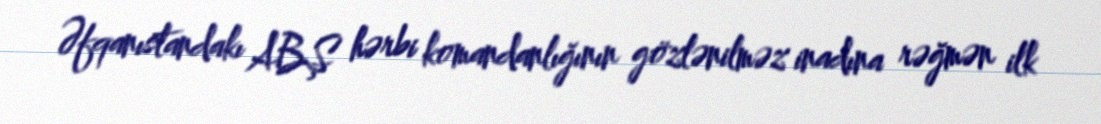
Əfqanıstandakı ABŞ hərbi komandanlığının gözlənilməz inadına rəğmən ilk